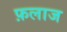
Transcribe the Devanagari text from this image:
फ़लाज